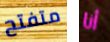
متفتح أنا